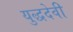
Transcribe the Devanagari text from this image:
युद्धदेवी